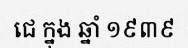
ជេ ក្នុង ឆ្នាំ ១៩៣៩